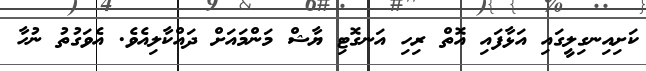
ކަށިއިނގިލީގައި އަޅާފައި އޮތް ރިހި އަނގޮޓި ޔާޝް މަންމައަށް ދައްކާލިއެވެ. އެވަގުތު ނުހާ